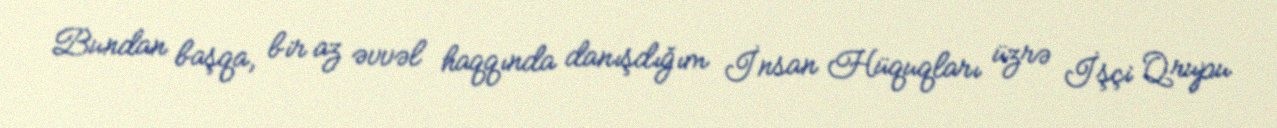
Bundan başqa, bir az əvvəl haqqında danışdığım İnsan Hüquqları üzrə İşçi Qrupu